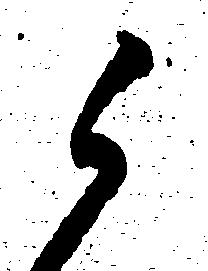
候